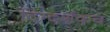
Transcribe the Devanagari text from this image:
दिग्दर्शकच